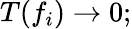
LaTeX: T(f_{i})\to 0;